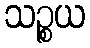
သဉ္စယ